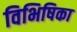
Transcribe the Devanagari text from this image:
विभिषिका